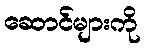
ဆောင်များကို